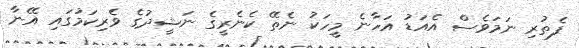
ފެތުރި ނަމަވެސް އެއަޑު އަހާނެ މީހަކު ނެތޭ ކެނެރީގެ ނަޝީދުގެ ވެރިކަމުގައި އޭނާ